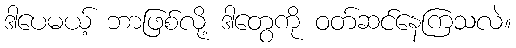
ဒါပေမယ့် ဘာဖြစ်လို့ ဒါတွေကို ဝတ်ဆင်နေကြသလဲ။